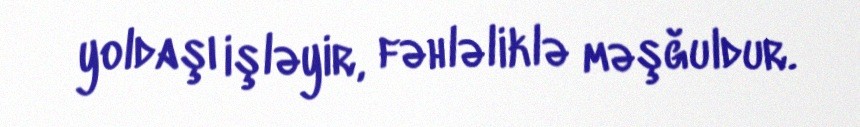
yoldaşı işləyir, fəhləliklə məşğuldur.